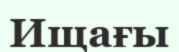
Ищағы